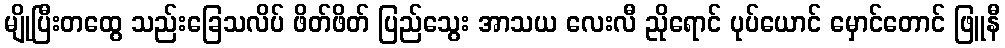
မျိုပြီးတထွေ သည်းခြေသလိပ် ဖိတ်ဖိတ် ပြည်သွေး အာသယ လေးလီ ညိုရောင် ပုပ်ယောင် မှောင်တောင် ဖြူနီ